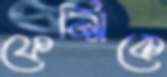
ফেন্সিকে